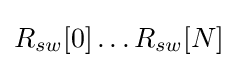
R_{sw}[0]\ldots R_{sw}[N]